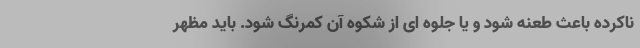
ناکرده باعث طعنه شود و یا جلوه ای از شکوه آن کمرنگ شود. باید مظهر